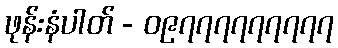
ဖုန်းနံပါတ် - ၀၉၇၇၇၇၇၇၇၇၇